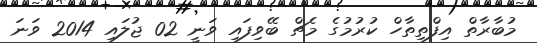
މުބާރާތް އިފްތިތާހް ކުރުމުގެ މެޗް ބޭވިފައި ވަނީ 02 ޖުލައި 2014 ވަނަ